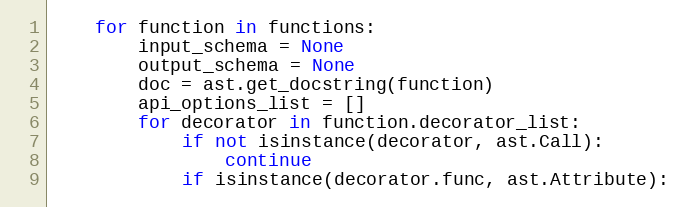
Language: Python
    for function in functions:
        input_schema = None
        output_schema = None
        doc = ast.get_docstring(function)
        api_options_list = []
        for decorator in function.decorator_list:
            if not isinstance(decorator, ast.Call):
                continue
            if isinstance(decorator.func, ast.Attribute):